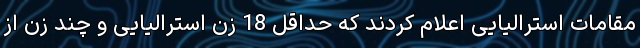
مقامات استرالیایی اعلام کردند که حداقل 18 زن استرالیایی و چند زن از